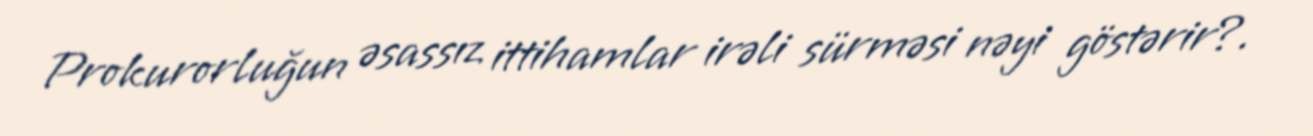
Prokurorluğun əsassız ittihamlar irəli sürməsi nəyi göstərir?.